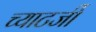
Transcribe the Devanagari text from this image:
च्याटर्जी